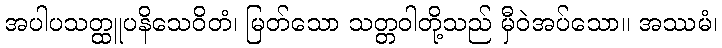
အပါပသတ္ထူပနိသေဝိတံ၊ မြတ်သော သတ္တဝါတို့သည် မှီဝဲအပ်သော။ အဿမံ၊